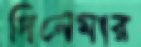
দিনেমার